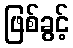
ဖြစ်ခွင့်